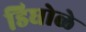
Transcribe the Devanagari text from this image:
डिघोळे